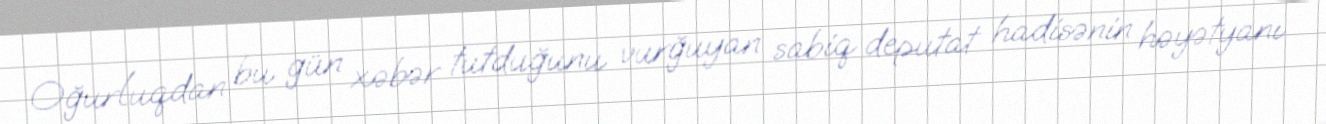
Oğurluqdan bu gün xəbər tutduğunu vurğuyan sabiq deputat hadisənin həyətyanı